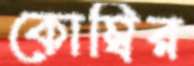
কোম্বির